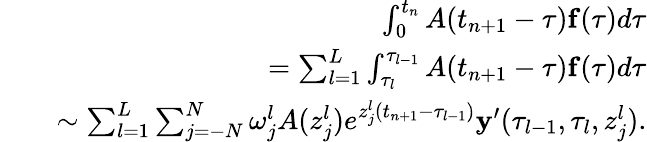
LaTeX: \begin{array}{rlr}&{}&{\int_{0}^{t_{n}}A(t_{n+1}-\tau){\mathbf f}(\tau)d\tau}\\ &{}&{=\sum_{l=1}^{L}\int_{\tau_{l}}^{\tau_{l-1}}A(t_{n+1}-\tau){\mathbf f}(\tau)d\tau}\\ &{}&{\sim\sum_{l=1}^{L}\sum_{j=-N}^{N}\omega_{j}^{l}A(z_{j}^{l})e^{z_{j}^{l}(t_{n+1}-\tau_{l-1})}{\mathbf y}^{\prime}(\tau_{l-1},\tau_{l},z_{j}^{l}).}\end{array}